Sanitation, dispensaries and jails vaccination Rajputana 1922-1927 - 1922-1927
Year: 1922
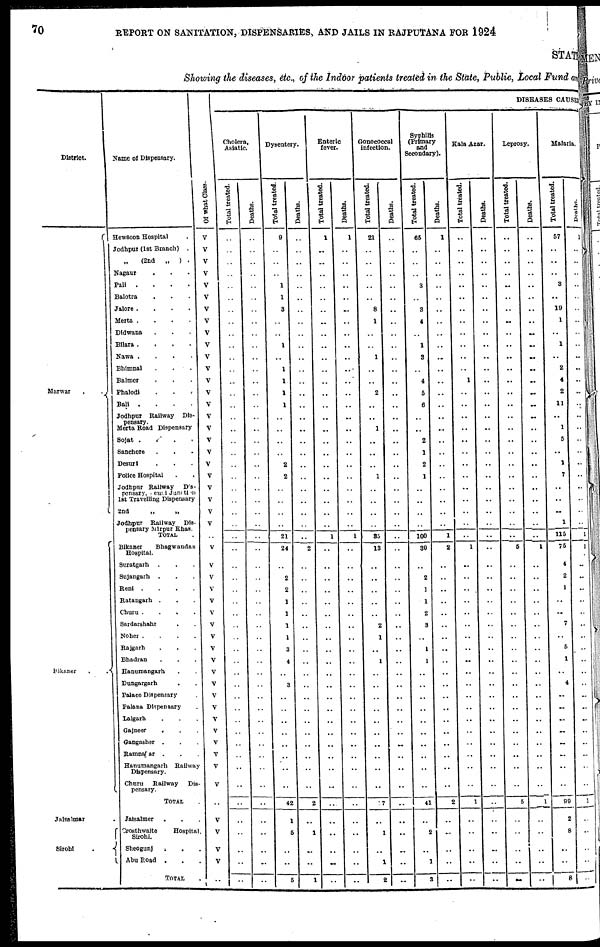
70
REPORT ON SANITATION, DISPENSARIES, AND JAILS IN RAJPUTANA FOR 1924
STATE
Showing the diseases, etc., of the Indoor patients treated in the State, Public, Local Fund and
District.
Marwar
.
.
Bikaner
.
.
Jaisalmer
Sirohi .
Name of Dispensary.
Hewsoon Hospital .
Jodhpui (1st Branch) .
„
(2nd „
) .
Nagaur . . .
Pali
.
.
.
.
Balotra . . .
Jalore .
.
.
.
Merta .
.
.
.
Didwana . . .
Bilara .
.
.
.
Nawa .
.
.
.
Bhimnal
.
.
.
Balmer
. . .
Phalodi . . .
Bali
.
.
.
.
Jodhpur Railway
Dis-
pensary.
Merta Road Dispensary
Sojat .
.
.
.
Sanchore . . .
Desuri . . .
Police Hospital . .
Jodhpur Railway
Dis¬
pensary, Seuni Junction
1st Travelling Dispensary
2nd
„
„
Jodhpur Railway Dis¬
pensary Mirpur Khas.
TOTAL .
Bikaner
Bhagwandas
Hospital.
Suratgarh . . .
Sujangarh
. . .
Reni .
.
.
.
Ratangarh . . .
Churu .
.
.
.
Sardarshahr . .
Noher .
.
.
.
Rajgarh . . .
Bhadran . . .
Hanumangarh . .
Dungargarh
. .
Palace Dispensary .
Palana Dispensary .
Lalgarh . . .
Gajneer
.
. .
Gangasher . . .
Ramnagar
. . .
Hanumangarh
Railway
Dispensary.
Churu
Railway
Dis-
pensary.
TOTAL .
Jaisalmer
. . .
Crosthwaite
Hospital.
Sirohi.
Sheogunj
.
. .
Abu Road
. . .
TOTAL .
Of what Class.
V
V
V
V
V
V
V
V
V
V
V
V
V
V
V
V
V
V
V
V
V
V
V
V
V
..
V
V
V
V
V
V
V
V
V
V
V
V
V
V
V
V
V
V
V
V
..
..
V
V
V
..
DISEASES CAUSES
Cholera,
Asiatic.
Total treated.
..
..
..
..
..
..
..
..
..
..
..
..
..
..
..
..
..
..
..
..
..
..
..
..
..
..
..
..
..
..
..
..
..
..
..
..
..
..
..
..
..
..
..
..
..
..
..
..
..
..
..
..
Deaths.
..
..
..
..
..
..
..
..
..
..
..
..
..
..
..
..
..
..
..
..
..
..
..
..
..
..
..
..
..
..
..
..
..
..
..
..
..
..
..
..
..
..
..
..
..
..
..
..
..
..
..
..
Dysentery.
Total treated.
9
..
..
..
1
1
3
..
..
1
..
1
1
1
1
..
..
..
..
2
2
..
..
..
..
21
24
..
2
2
1
1
1
1
3
4
..
3
..
..
..
..
..
..
..
..
42
1
5
..
..
5
Deaths.
..
..
..
..
..
..
..
..
..
..
..
..
..
..
..
..
..
..
..
..
..
..
..
..
..
..
2
..
..
..
..
..
..
..
..
..
..
..
..
..
..
..
..
..
..
..
2
..
1
..
..
1
Enteric
fever.
Total treated.
1
..
..
..
..
..
..
..
..
..
..
..
..
..
..
..
..
..
..
..
..
..
..
..
..
1
..
..
..
..
..
..
..
..
..
..
..
..
..
..
..
..
..
..
..
..
..
..
..
..
..
..
Deaths.
1
..
..
..
..
..
..
..
..
..
..
..
..
..
..
..
..
..
..
..
..
..
..
..
..
1
..
..
..
..
..
..
..
..
..
..
..
..
..
..
..
..
..
..
..
..
..
..
..
..
..
..
Gonococcal
infection.
Total treated.
21
..
..
..
..
..
8
1
..
..
1
..
..
2
..
..
1
..
..
..
1
..
..
..
..
35
13
..
..
..
..
..
2
1
..
1
..
..
..
..
..
..
..
..
..
..
17
..
1
..
1
2
Deaths.
..
..
..
..
..
..
..
..
..
..
..
..
..
..
..
..
..
..
..
..
..
..
..
..
..
..
..
..
..
..
..
..
..
..
..
..
..
..
..
..
..
..
..
..
..
..
..
..
..
..
..
..
Syphilis
(Primary
and
Secondary).
Total treated.
65
..
..
..
3
..
3
4
..
1
3
..
4
5
6
..
..
2
1
2
1
..
..
..
..
100
30
..
2
1
1
2
3
..
1
1
..
..
..
..
..
..
..
..
..
..
41
..
2
..
1
3
Deaths.
1
..
..
..
..
..
..
..
..
..
..
..
..
..
..
..
..
..
..
..
..
..
..
..
..
1
2
..
..
..
..
..
..
..
..
..
..
..
..
..
..
..
..
..
..
..
2
..
..
..
..
..
Kala Azar.
Total treated.
..
..
..
..
..
..
..
..
..
..
..
..
1
..
..
..
..
..
..
..
..
..
..
..
..
..
1
..
..
..
..
..
..
..
..
..
..
..
..
..
..
..
..
..
..
..
1
..
..
..
..
..
Deaths.
..
..
..
..
..
..
..
..
..
..
..
..
..
..
..
..
..
..
..
..
..
..
..
..
..
..
..
..
..
..
..
..
..
..
..
..
..
..
..
..
..
..
..
..
..
..
..
..
..
..
..
..
Leprosy.
Total treated.
..
..
..
..
..
..
..
..
..
..
..
..
..
..
..
..
..
..
..
..
..
..
..
..
..
..
5
..
..
..
..
..
..
..
..
..
..
..
..
..
..
..
..
..
..
..
5
..
..
..
..
..
Deaths.
..
..
..
..
..
..
..
..
..
..
..
..
..
..
..
..
..
..
..
..
..
..
..
..
..
..
1
..
..
..
..
..
..
..
..
..
..
..
..
..
..
..
..
..
..
..
1
..
..
..
..
..
Malaria.
Total treated.
57
..
..
..
3
..
19
1
..
1
..
2
4
2
11
..
1
5
..
1
7
..
..
..
1
115
75
4
2
1
..
..
7
..
5
1
..
4
..
..
..
..
..
..
..
..
99
2
8
..
..
8
Deaths.
1
..
..
..
..
..
..
..
..
..
..
..
..
..
..
..
..
..
..
..
..
..
..
..
..
1
1
..
..
..
..
..
..
..
..
..
..
..
..
..
..
..
..
..
..
..
1
..
..
..
..
..